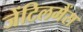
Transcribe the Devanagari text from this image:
जेंटिलमैंस